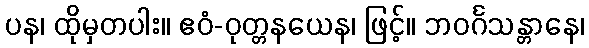
ပန၊ ထိုမှတပါး။ ဧဝံ-ဝုတ္တနယေန၊ ဖြင့်။ ဘဝင်္ဂသန္တာနေ၊